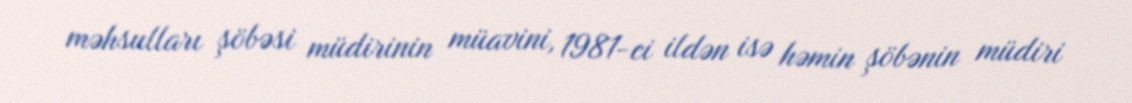
məhsulları şöbəsi müdirinin müavini, 1981-ci ildən isə həmin şöbənin müdiri